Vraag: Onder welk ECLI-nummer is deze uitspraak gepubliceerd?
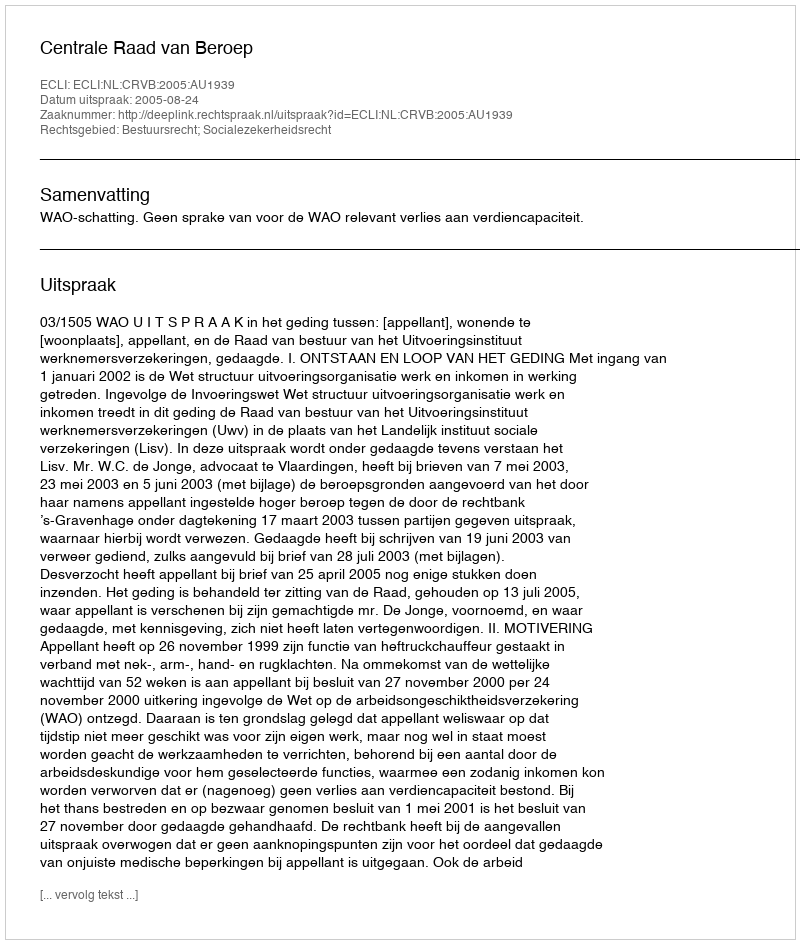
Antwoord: ECLI:NL:CRVB:2005:AU1939